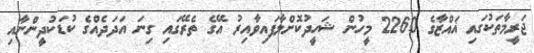
ޖަރީމާތަކުގައި ޣައްޒާގެ 2260 މީހުން ޝަހީދުކޮށްލާފައިވާއިރު އޭގެ ތެރޭގައި ގިނަ އަދަދެއްގެ ކުޑަކުދީންނާއި